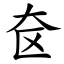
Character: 奁